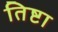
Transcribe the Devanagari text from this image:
तिष्टा